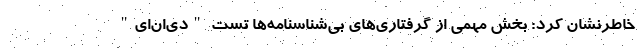
خاطرنشان کرد: بخش مهمی از گرفتاری‌های بی‌شناسنامه‌ها تست "دی‌ان‌ای"